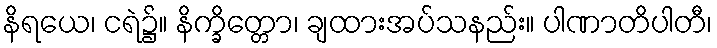
နိရယေ၊ ငရဲ၌။ နိက္ခိတ္တော၊ ချထားအပ်သနည်း။ ပါဏာတိပါတီ၊